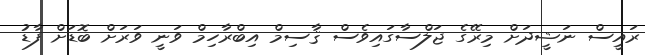
ރައީސް ނަޝީދަށް މިރޭގެ ޖަލްސާގައިވެސް ޤާސިމް އިބްރާހިމް ވަނީ ވަރަށް ބޮޑަށް ފާޑު